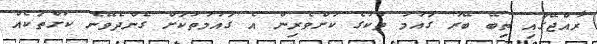
ރާއްޖޭގައި ތިބޭ ބޭރު ގައުމު ތަކުގެ ކުށްވެރިން އެ ގައުމުތަކަށް ގެންދެވޭނެ ކުށްތަކެއް